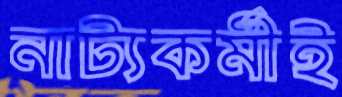
নাট্যকর্মীই